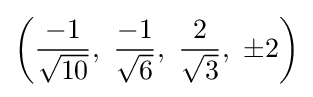
\left({\frac {-1}{\sqrt {10}}},\ {\frac {-1}{\sqrt {6}}},\ {\frac {2}{\sqrt {3}}},\ \pm 2\right)